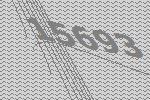
15693